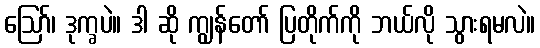
ဪ၊ ဒုက္ခပဲ။ ဒါ ဆို ကျွန်တော် ပြတိုက်ကို ဘယ်လို သွားရမလဲ။